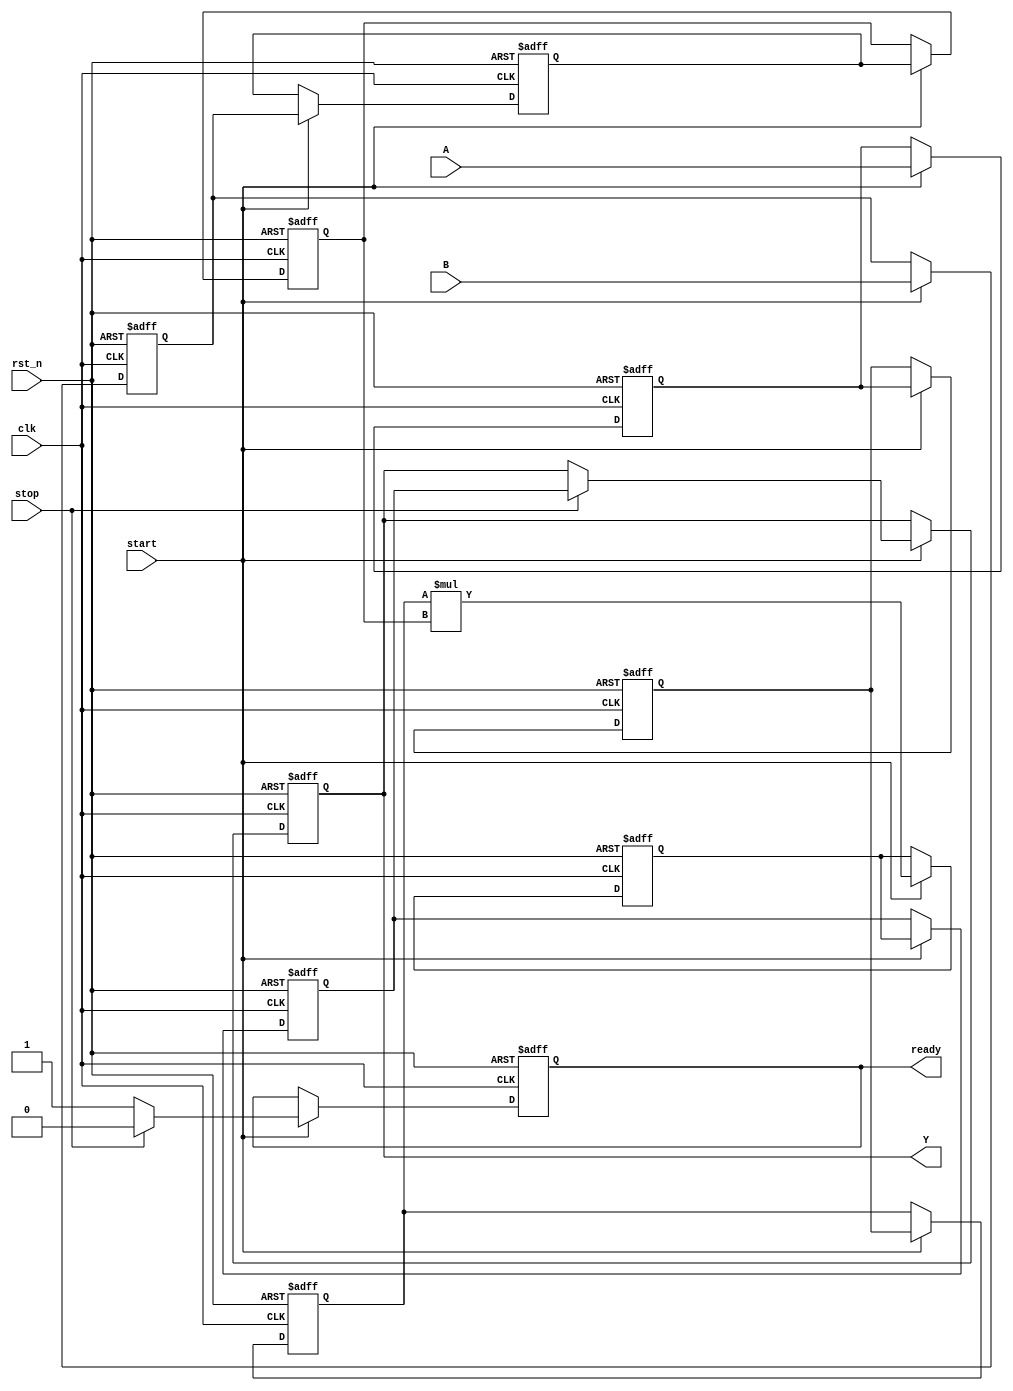
module streaming_multiplier #(
    parameter DATA_WIDTH = 16, // Width of input and output data
    parameter PIPELINE_STAGES = 3 // Number of pipeline stages
)(
    input wire clk,               // Clock signal
    input wire rst_n,             // Active low reset
    input wire start,             // Start signal
    input wire stop,              // Stop signal
    input wire [DATA_WIDTH-1:0] A, // Input stream A
    input wire [DATA_WIDTH-1:0] B, // Input stream B
    output reg [2*DATA_WIDTH-1:0] Y, // Output stream
    output reg ready              // Ready signal for output
);

    reg [DATA_WIDTH-1:0] a_reg [0:PIPELINE_STAGES-1]; // Pipeline registers for A
    reg [DATA_WIDTH-1:0] b_reg [0:PIPELINE_STAGES-1]; // Pipeline registers for B
    reg [2*DATA_WIDTH-1:0] product [0:PIPELINE_STAGES-1]; // Pipeline registers for product
    reg [2*DATA_WIDTH-1:0] final_product; // Final product output

    integer i;

    // Reset and initialization
    always @(posedge clk or negedge rst_n) begin
        if (!rst_n) begin
            Y <= 0;
            ready <= 0;
            final_product <= 0;
            for (i = 0; i < PIPELINE_STAGES; i = i + 1) begin
                a_reg[i] <= 0;
                b_reg[i] <= 0;
                product[i] <= 0;
            end
        end else if (start) begin
            // Shift the input data through the pipeline
            a_reg[0] <= A;
            b_reg[0] <= B;

            for (i = 1; i < PIPELINE_STAGES; i = i + 1) begin
                a_reg[i] <= a_reg[i-1];
                b_reg[i] <= b_reg[i-1];
                product[i] <= product[i-1];
            end

            // Perform multiplication at the last stage
            if (PIPELINE_STAGES > 0) begin
                product[PIPELINE_STAGES-1] <= a_reg[PIPELINE_STAGES-1] * b_reg[PIPELINE_STAGES-1];
            end

            // Capture the final product
            final_product <= product[PIPELINE_STAGES-1];

            // Indicate that output is ready
            ready <= 1;

            // Output the final product when stop signal is asserted
            if (stop) begin
                Y <= final_product;
                ready <= 0; // Reset ready signal
            end
        end
    end

endmodule